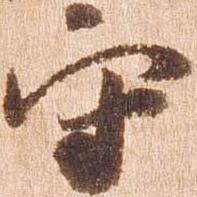
守